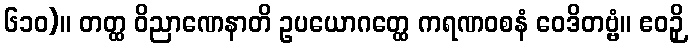
၆၁၀)။ တတ္ထ ဝိညာဏေနာတိ ဥပယောဂတ္ထေ ကရဏဝစနံ ဝေဒိတဗ္ဗံ။ ဧဝဉှိ